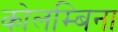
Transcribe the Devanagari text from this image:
कोलम्बिना